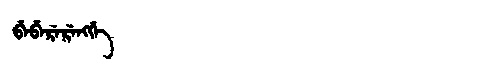
Manchu: ᠪᡝᠪᡝᡵᡝᡵᡝᠩᡤᡝ
Romanization: BEBERERENGGE